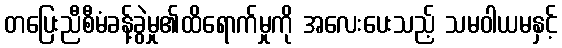
တပြေးညီစီမံခန့်ခွဲမှု၏ထိရောက်မှုကို အလေးပေးသည့် သမဝါယမနှင့်